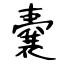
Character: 嚢